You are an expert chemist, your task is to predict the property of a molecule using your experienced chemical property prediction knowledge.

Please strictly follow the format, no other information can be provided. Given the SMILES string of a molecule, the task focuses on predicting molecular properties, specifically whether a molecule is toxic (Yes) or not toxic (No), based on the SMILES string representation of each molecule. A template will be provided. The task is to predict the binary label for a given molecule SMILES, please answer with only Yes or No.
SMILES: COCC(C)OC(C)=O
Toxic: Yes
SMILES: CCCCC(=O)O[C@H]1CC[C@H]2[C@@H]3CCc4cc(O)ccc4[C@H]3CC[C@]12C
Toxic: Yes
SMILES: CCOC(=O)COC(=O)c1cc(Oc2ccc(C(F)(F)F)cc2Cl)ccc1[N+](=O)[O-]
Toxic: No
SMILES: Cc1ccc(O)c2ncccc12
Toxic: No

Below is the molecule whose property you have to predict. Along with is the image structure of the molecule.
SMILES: CCNC(C)Cc1ccc2c(c1)OCO2
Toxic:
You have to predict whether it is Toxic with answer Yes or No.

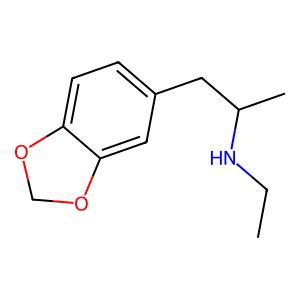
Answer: No